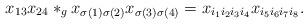
LaTeX: \begin{align*}x_{13}x_{24} \ast_g x_{\sigma(1)\sigma(2)}x_{\sigma(3)\sigma(4)} = x_{i_1i_2i_3i_4}x_{i_5i_6i_7i_8}.\end{align*}